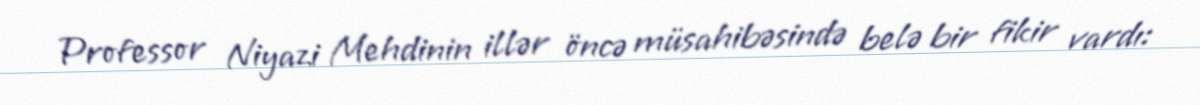
Professor Niyazi Mehdinin illər öncə müsahibəsində belə bir fikir vardı: